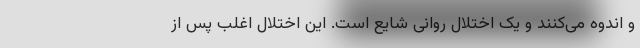
و اندوه می‌کنند و یک اختلال روانی شایع است. این اختلال اغلب پس از